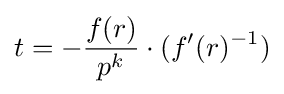
t=-{\frac {f(r)}{p^{k}}}\cdot (f'(r)^{-1})